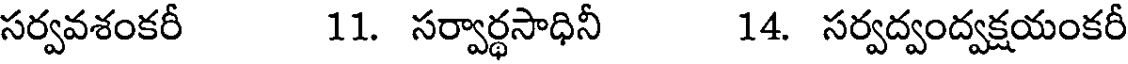
సర్వవశంకరీ 11. సర్వార్థసాధినీ 14. సర్వద్వంద్వక్షయంకరీ